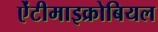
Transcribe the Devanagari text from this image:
ऐंटीमाइक्रोबियल